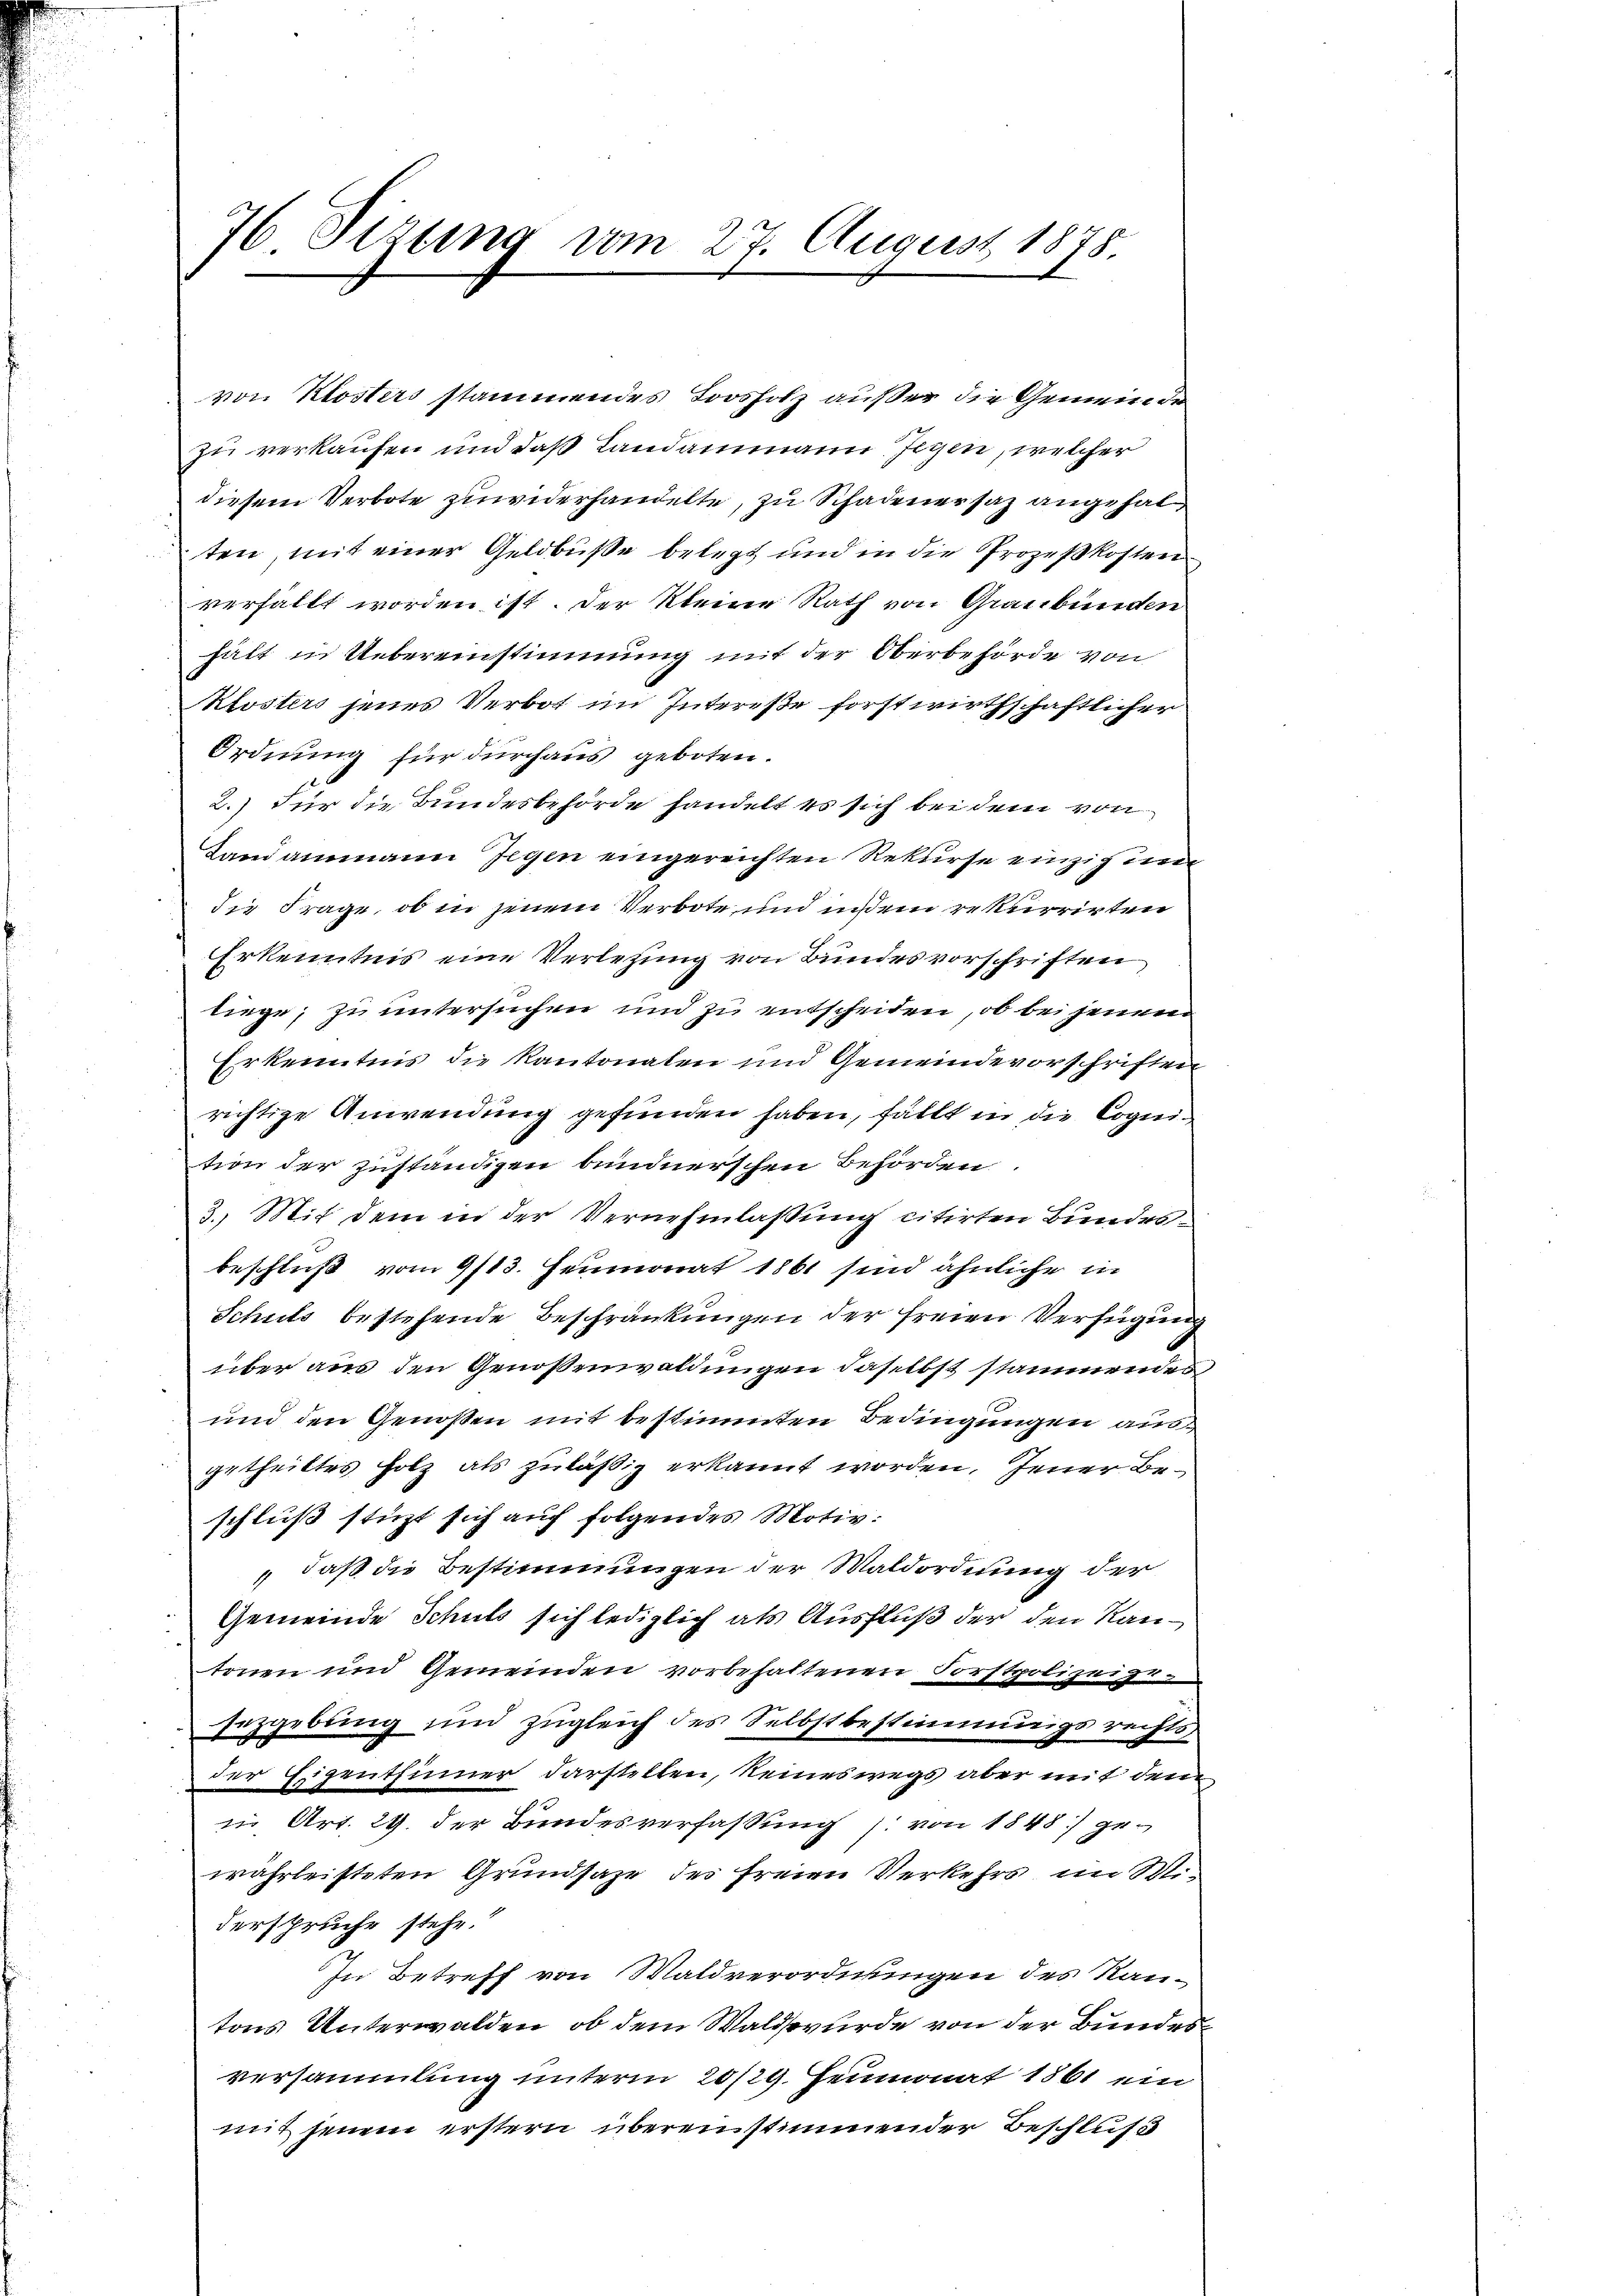
76 Sizung vom 27. August 1878.

von Klosters stammendes Loosholz außer die Gemeinde
zu verkaufen und daß Landammann Gegen, welcher
diesem Verbote zuwiderhandelte, zu Schadenersaz angehalten, mit einer Geldbuße belegt und in die Prozeßkosten
verfällt worden ist. Der Kleine Rath von Graubünden
hält in Uebereinstimmung mit der Oberbehörde von
Klostirs jenes Verbot im Intereße forstwirthschaftlicher
Ordnung für durchaus geboten.
2.) Für die Bundesbehörde handelt es sich bei dem von
Landammann Gegen eingereichten Rekurse einzig un
die Frage, ob in jenem Verbote, und in dem rekurrirten
Erkenntnis eine Verletzung von Bundesvorschriften,
liege, zu untersuchen und zu entscheiden, ob bei jenem
Erkenntnis die Kantonalen und Gemeindevorschriften
richtige Anwendung gefunden haben, fällt in die Cognition der zuständigen bundnerschen Behörden.
3. Mit dem in der Vernehmlassung citirten Bundesbeschluß vom 9/13. Heumonat 1861 sind ähnliche in
Schuts bestehende Beschränkungen der freien Verfügung
über aus den Genossenwaldungen daselbst stammendes
und den Genoßen mit bestimmten Bedingungen ausgetheiltes Holz als zuläßig erkannt worden, Jener Beschluß stüzt sich auf folgendes Motiv:
„daß die Bestimmungen der Waldordnung der
Gemeinde Schuls sich lediglich als Ausfluß der den Kantonen und Gemeinden vorbehaltenen Forstpolizeige
sezgebung und zugleich des Selbstbestimmungsrechts-
der Eigenthümmer darstellen, keineswegs aber mit dem
in Art. 29. der Bundesverfassung (: von 1848 gewährleisteten Grundsaze des freien Verkehrs im Wederspruche stehe.
In Betreff von Waldverordnungen des Rautons Unterwalden, ob dem Waldswürde von der Bundesversammlung unterm 20/29. Heumonat 1861 ein
mit jenem erstern übereinstimmender Beschluß